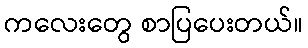
ကလေးတွေ စာပြပေးတယ်။